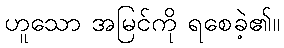
ဟူသော အမြင်ကို ရစေခဲ့၏။